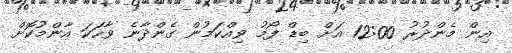
އިން މެންދުރު 12:00 އަށް ބިޑް ފޯމު ވިއްކަމުން ގެންދާނެ ވާހަކަ އާންމުކޮށް